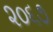
૨૦૬૭